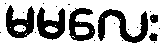
မမလေး